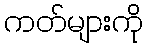
ကတ်များကို